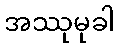
အဿုမုခါ